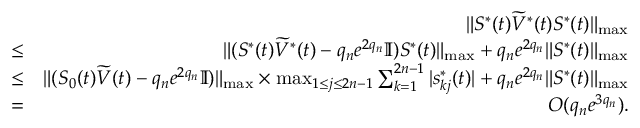
\begin{array} { r l r } & { } & { \| S ^ { * } ( t ) \widetilde V ^ { * } ( t ) S ^ { * } ( t ) \| _ { \operatorname* { m a x } } } \\ & { \le } & { \| ( S ^ { * } ( t ) \widetilde V ^ { * } ( t ) - q _ { n } e ^ { 2 q _ { n } } \mathbb { I } ) S ^ { * } ( t ) \| _ { \operatorname* { m a x } } + q _ { n } e ^ { 2 q _ { n } } \| S ^ { * } ( t ) \| _ { \operatorname* { m a x } } } \\ & { \le } & { \| ( S _ { 0 } ( t ) \widetilde V ( t ) - q _ { n } e ^ { 2 q _ { n } } \mathbb { I } ) \| _ { \operatorname* { m a x } } \times \operatorname* { m a x } _ { 1 \le j \le 2 n - 1 } \sum _ { k = 1 } ^ { 2 n - 1 } | s _ { k j } ^ { * } ( t ) | + q _ { n } e ^ { 2 q _ { n } } \| S ^ { * } ( t ) \| _ { \operatorname* { m a x } } } \\ & { = } & { O ( q _ { n } e ^ { 3 q _ { n } } ) . } \end{array}